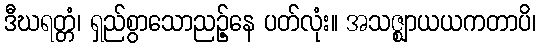
ဒီဃရတ္တံ၊ ရှည်စွာသောညဉ့်နေ ပတ်လုံး။ အသဇ္ဈာယယကတာပိ၊